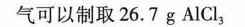
气可以制取26.7g AlCl_{3}